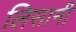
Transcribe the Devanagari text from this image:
लिसानी